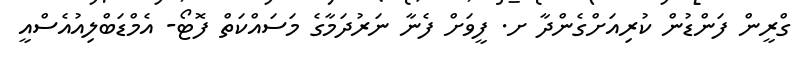
ގްރީން ފަންޑުން ކުރިއަށްގެންދާ ށ. ފީވަށް ފެނާ ނަރުދަމާގެ މަސައްކަތް ފޮޓޯ- އެމްޑަބްލިއުއެސްއީ